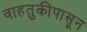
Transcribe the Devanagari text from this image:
वाहतुकीपासून